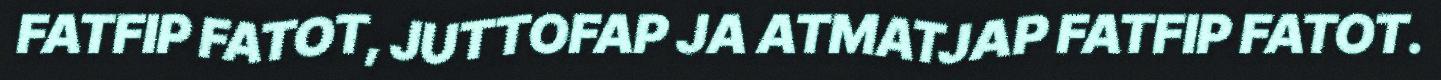
FATFIP FATOT, JUTTOFAP JA ATMATJAP FATFIP FATOT.